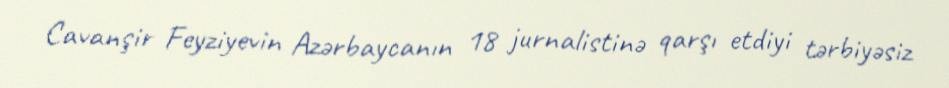
Cavanşir Feyziyevin Azərbaycanın 18 jurnalistinə qarşı etdiyi tərbiyəsiz